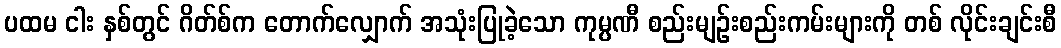
ပထမ ငါး နှစ်တွင် ဂိတ်စ်က တောက်လျှောက် အသုံးပြုခဲ့သော ကုမ္ပဏီ စည်းမျဉ်းစည်းကမ်းများကို တစ် လိုင်းချင်းစီ